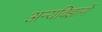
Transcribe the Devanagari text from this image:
अन्यविज्ञानों